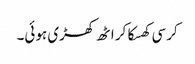
کرسی کھسکا کر اٹھ کھڑی ہوئی۔